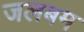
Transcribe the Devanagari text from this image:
जलबम